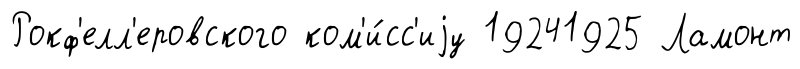
Рокф'елл'еровского ком'и́сс'иjу 19241925 Ламонт